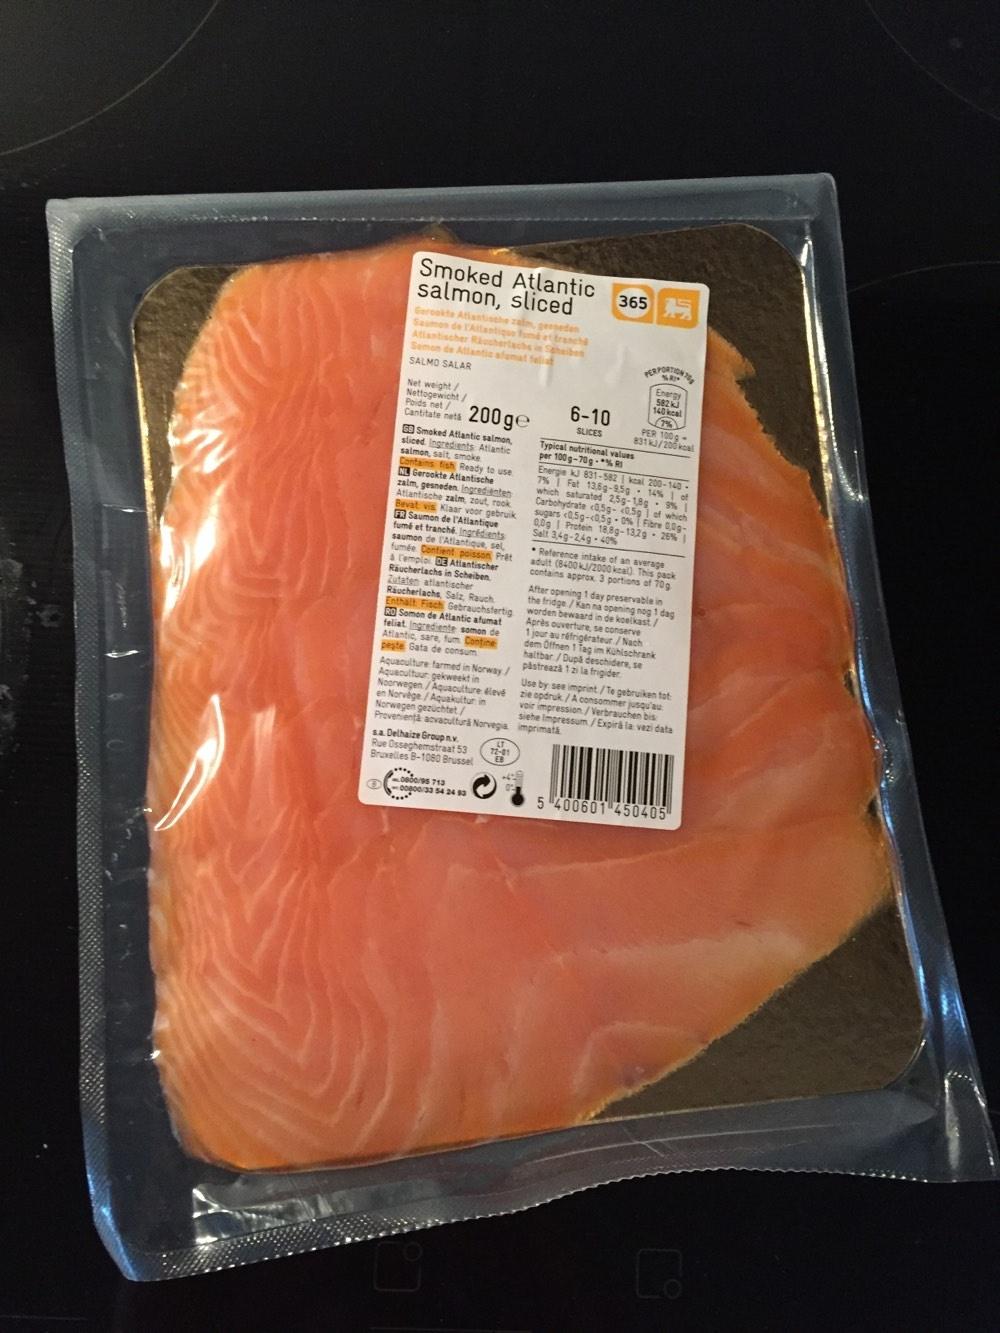
Smoked Atlantic salmon, sliced
Gerookte Atlantische zalm, gesneden Saumon de l'Atlantique fumé et tranch Atlantischer Räucherlachs in Scheiben Semon de Atlantic afumat feli
SALMO SALAR
Net weight / Nettogewicht
Cantitate neta 200ge
GB Smoked Atlantic salmon, sliced. Ingredients: Atlantic salmon, salt, smoke Contains fish Ready to use NL Gerookte Atlantische zalm, gesneden. Ingredienten Atlantische zalm, zout, rook Bevat vis Klaar voor gebruik FR Saumon de l'Atlantique fumé et tranché. Ingrédients saumon de l'Atlantique, sel, fumée Contient poisson Prêt à l'emploi DE Atlantischer Räucherlachs in Scheiben. Zutaten atlantischer Räucherlachs, Salz, Rauch Enthalt Fisch Gebrauchsfertig RO Somon de Atlantic afumat feliat. Ingrediente somon de Atlantic, sare, fum Contine peste Gata de consum
Aquaculture farmed in Norway/ Aquacultuur gekweekt in Noorwegen/Aquaculture élevé en Norvège/Aquakultur in Norwegen gezüchtet/ Proveniență acvacultură Norvegia
sa. Delhaize Group n.v. Rue Osseghemstraat 53
Bruxelles B-1080 Brussel
0800/95 713 008000 00800/33 54 24 93
LT
72-01
EB
6-10
SLICES
365 15
Typical nutritional values per 100g-70g % RI
PERPORTION SA
Energy 582 kJ
140 kcal
7%
PER 100g831 kJ/200 koal
Energie kJ 831-582 | kcal 200-1407% Fat 13,6g-9.5g 14% 1 of which saturated 25g-18g 9% 1 Carbohydrate <0,5g- 0.5g of which sugars 0,5g-c0,5g-0% Fibre 0,0g0,0g Protein 18.8g-13,2g 26% | Salt 3,4g-2,4g-40%
Reference intake of an average adult (8400 kJ/2000 kcal). This pack contains approx. 3 portions of 70g After opening 1 day preservable in worden bewaard in de koelkast/ the fridge/Kan na opening nog 1 dag Après ouverture, se conserve 1 jour au réfrigérateur./Nach dem Offnen 1 Tag im Kühlschrank haltbar/După deschidere, se păstrează 1 zi la frigider
Use by see imprint/Te gebruiken tot zie opdruk/A consommer jusqu'au voir impression/Verbrauchen bis imprimată siehe Impressum/Expiră la vezi data
5 400601-450405
C